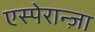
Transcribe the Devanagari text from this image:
एस्पेरान्ज़ा